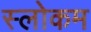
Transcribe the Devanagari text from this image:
स्‍लोकम